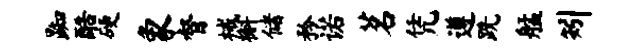
踟酷硬象督械槲储矜诺茗凭遵跣艋矧